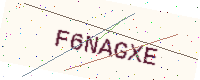
Text: F6NAGXE